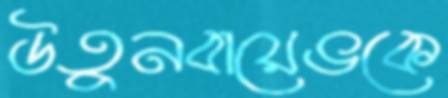
উতুনবায়েভকে